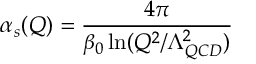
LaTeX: \alpha _ { s } ( Q ) = \frac { 4 \pi } { \beta _ { 0 } \ln ( Q ^ { 2 } / \Lambda _ { Q C D } ^ { 2 } ) }